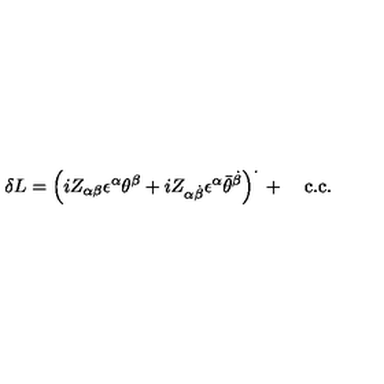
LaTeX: \delta L = \left( i Z _ { \alpha \beta } \epsilon ^ { \alpha } \theta ^ { \beta } + i Z _ { \alpha \dot { \beta } } \epsilon ^ { \alpha } { \bar { \theta } } ^ { \dot { \beta } } \right) ^ { \cdot } { } + \quad \mathrm { c . { } c . }